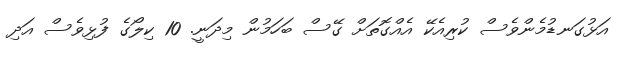
އަޅުގަނޑުމެންވެސް ކުރިއެކޭ އެއްގޮތަށް ގޭސް ބަހަމުން މިދަނީ. 10 ކިލޯގެ ފުޅިވެސް އަދި